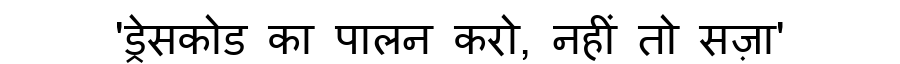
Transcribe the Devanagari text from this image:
'ड्रेसकोड का पालन करो, नहीं तो सज़ा'